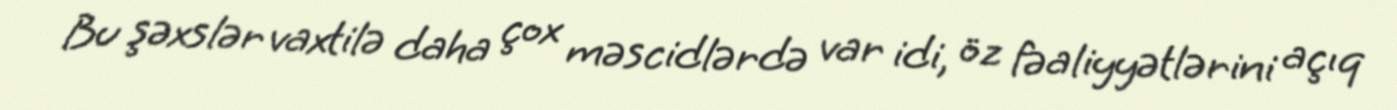
Bu şəxslər vaxtilə daha çox məscidlərdə var idi, öz fəaliyyətlərini açıq